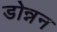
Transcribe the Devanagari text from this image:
डोन्नन